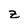
Character: Z